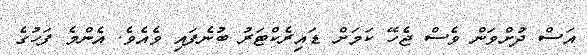
އަސް ދުށްވަން ވެސް ޖެހޭ ކަމަށް ޑައިރެކްޓަރު ބުނެފައި ވެއެވެ. އެންމެ ފަހުގެ